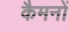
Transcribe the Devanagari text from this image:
कैमनों